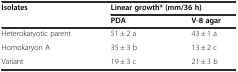
<table><thead><tr><td rowspan="2"><b>Isolates</b></td><td colspan="2"><b>Linear growth*(mm/36 h)</b></td></tr><tr><td><b>PDA</b></td><td><b>V-8 agar</b></td></tr></thead><tbody><tr><td>Heterokaryotic parent</td><td>51 ± 2 a</td><td>43 ± 1 a</td></tr><tr><td>Homokaryon A</td><td>35 ± 3 b</td><td>13 ± 2 c</td></tr><tr><td>Variant</td><td>19 ± 3 c</td><td>21 ± 3 b</td></tr></tbody></table>